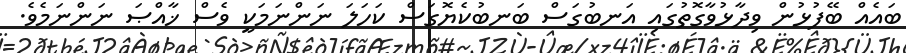
ބައެއް ބޭފުޅުން ވިދާޅުވާގޮތުގައި އަނބުގަސް ބަނބުކެޔޮގަސް ކަހަލަ ނަންނަމަކީ ވެސް ޚާއްޞަ ނަންނަމެވެ.